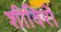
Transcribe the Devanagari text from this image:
शीविरों